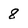
Character: 8